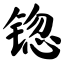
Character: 锪